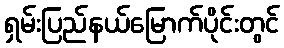
ရှမ်းပြည်နယ်မြောက်ပိုင်းတွင်